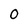
Character: 0